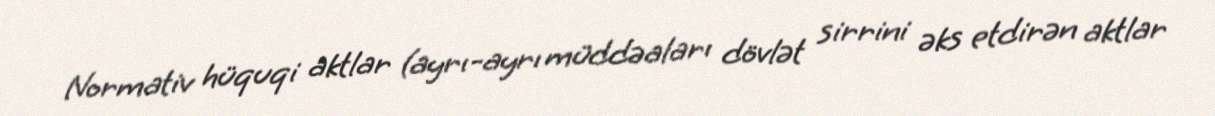
Normativ hüquqi aktlar (ayrı-ayrı müddəaları dövlət sirrini əks etdirən aktlar